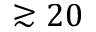
\gtrsim 2 0